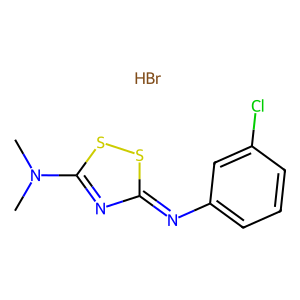
SMILES: Br.CN(C)c1nc(=Nc2cccc(Cl)c2)ss1
Inhibits HIV replication: No